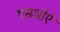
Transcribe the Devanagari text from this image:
एसओऐ